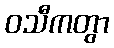
ဝသီကတွာ